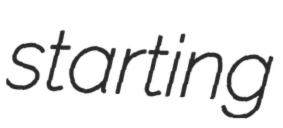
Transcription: starting